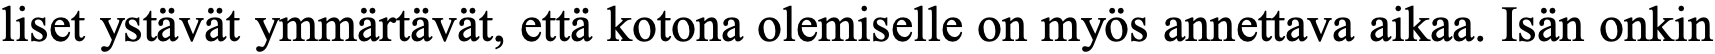
liset ystävät ymmärtävät, että kotona olemiselle on myös annettava aikaa. Isän onkin